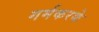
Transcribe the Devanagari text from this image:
गर्मकरके